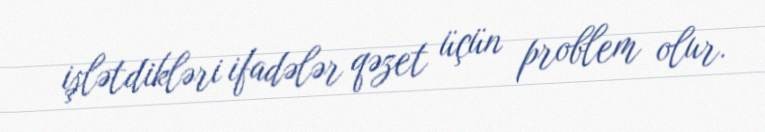
işlətdikləri ifadələr qəzet üçün problem olur.